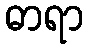
ဓာရာ